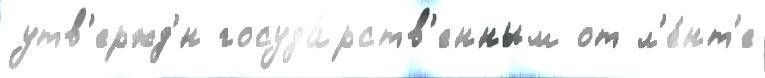
утв'ержд'́н госуда́рств'енным от л'е́нт'е